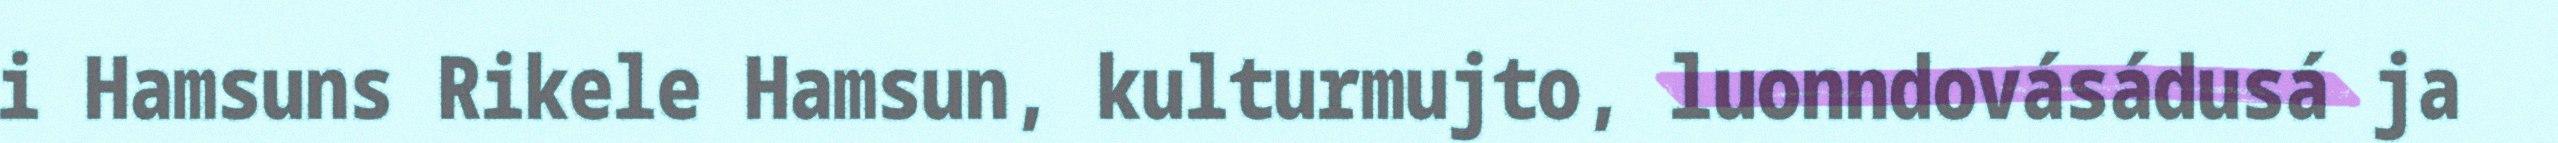
i Hamsuns Rikele Hamsun, kulturmujto, luonndovásádusá ja